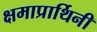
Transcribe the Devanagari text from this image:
क्षमाप्रार्थिनी